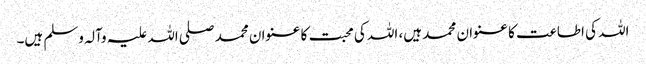
اللہ کی اطاعت کا عنوان محمد ہیں، اللہ کی محبت کا عنوان محمد صلی اللہ علیہ وآلہ وسلم ہیں۔